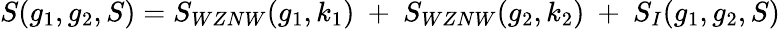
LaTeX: S(g_{1},g_{2},S)=S_{WZNW}(g_{1},k_{1})~+~S_{WZNW}(g_{2},k_{2})~+~S_{I}(g_{1},g_{2},S)